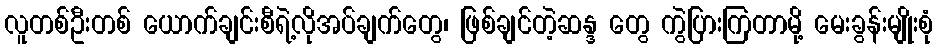
လူတစ်ဦးတစ် ယောက်ချင်းစီရဲ့လိုအပ်ချက်တွေ၊ ဖြစ်ချင်တဲ့ဆန္ဒ တွေ ကွဲပြားကြတာမို့ မေးခွန်းမျိုးစုံ